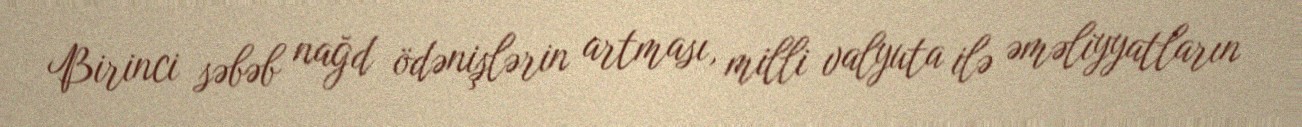
Birinci səbəb nağd ödənişlərin artması, milli valyuta ilə əməliyyatların